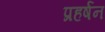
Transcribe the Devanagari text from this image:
प्रहर्षन